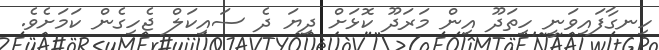
ހިނގާފައިވަނީ ހިތަދޫ އިން މަރަދޫ ކޮޅަށް ދިޔަ ދެ ސައިކަލް ޖެހިގެން ކަމަށެވެ.